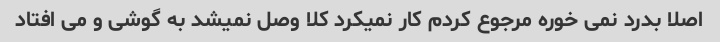
اصلا بدرد نمی خوره مرجوع کردم کار نمیکرد کلا وصل نمیشد به گوشی و می افتاد